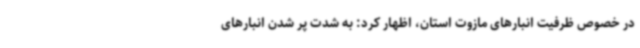
در خصوص ظرفیت انبارهای مازوت استان، اظهار کرد: به شدت پر شدن انبارهای